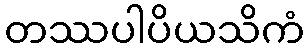
တဿပါပိယသိကံ